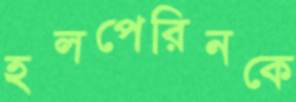
হলপেরিনকে